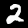
Digit: 2